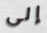
إلى